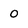
Character: O